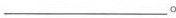
___。